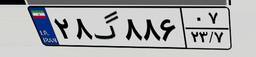
۲۸گ۸۸۶۰۷